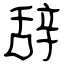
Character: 辞